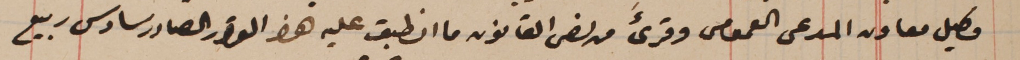
وكيل معاون المدعى العمومى وقرىءَ من نص القانون ما انطبق عليه هذا القرار الصادر سادس ربيع